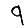
Digit: 9